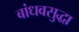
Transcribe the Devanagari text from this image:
बांधवसुद्धा